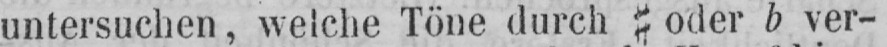
oder b ver-